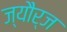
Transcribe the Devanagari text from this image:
ज्यौर्ज